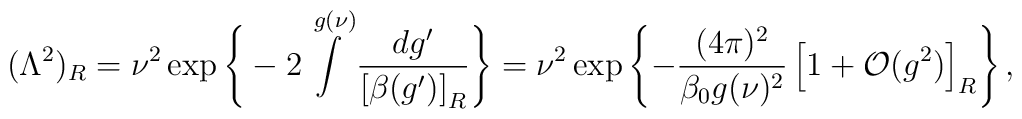
(\Lambda^2)_R =\nu^2\exp\Bigg\{-2\int\limits^{g(\nu)}                 \frac{dg'}{\left[\beta(g')\right]_R}\Bigg\}              =\nu^2\exp\left\{-\frac{(4\pi)^2}{\beta_0 g(\nu)^2}             \left[1+{\cal O}(g^2)\right]_R\right\},